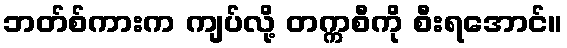
ဘတ်စ်ကားက ကျပ်လို့ တက္ကစီကို စီးရအောင်။